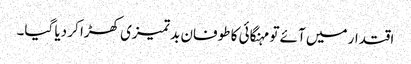
اقتدار میں آئے تو مہنگائی کا طوفان بد تمیزی کھڑا کر دیا گیا۔